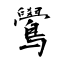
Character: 鷽